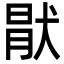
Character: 猒